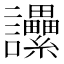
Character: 𧮢